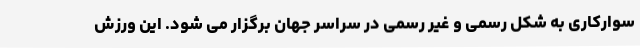
سوارکاری به شکل رسمی و غیر رسمی در سراسر جهان برگزار می شود. این ورزش